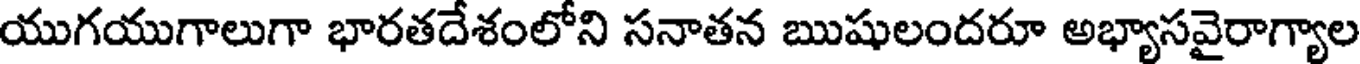
యుగయుగాలుగా భారతదేశంలోని సనాతన ఋషులందరూ అభ్యాసవైరాగ్యాల